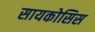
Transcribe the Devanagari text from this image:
सायकोसिस